Lunatic asylums United Provinces 1899-1908 - 1899-1908
Year: 1899
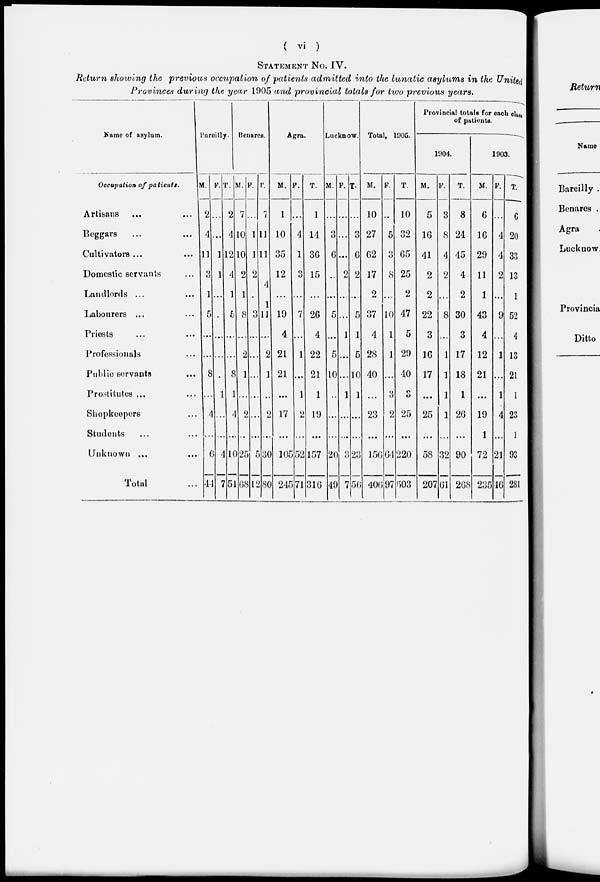
( vi )
STATEMENT NO. IV.
Return showing the previous occupation of patients admitted into the lunatic asylums in the United
Provinces during the year 1905 and provincial totals for two previous years.
Name of asylum.
Occupation of patients.
Artisans ... ...
Beggars ... ...
Cultivators ... ...
Domestic servants ...
Landlords ... ...
Labourers ... ...
Priests ... ...
Professionals ...
Public servants ...
Prostitutes ... ...
Shopkeepers ...
Students ... ...
Unknown ... ...
Total ...
Bareilly.
M.
2
4
11
3
1
5
...
...
8
...
4
...
6
44
F.
...
...
1
1
...
...
...
...
...
1
...
...
4
7
T.
2
4
12
4
1
5
...
...
8
1
4
...
10
51
Benares.
M.
7
10
10
2
1
8
...
2
1
...
2
...
25
68
F.
...
1
1
2
...
3
...
...
...
...
...
...
5
12
T.
7
11
11
4
1
11
...
2
1
...
2
...
30
80
Agra.
M.
1
10
35
12
...
19
4
21
21
...
17
...
105
245
F.
...
4
1
3
...
7
...
1
...
1
2
...
52
71
T.
1
14
36
15
...
26
4
22
21
1
19
...
157
316
Lucknow.
M.
...
3
6
...
...
5
...
5
10
...
...
...
20
49
F.
...
...
...
2
...
...
1
...
...
1
...
...
3
7
T.
...
3
6
2
...
5
1
5
10
1
...
...
23
56
Total. 1905.
M.
10
27
62
17
2
37
4
28
40
...
23
...
156
406
F.
...
5
3
8
...
10
1
1
...
3
2
...
64
97
T.
10
32
65
25
2
47
5
29
40
3
25
...
220
503
Provincial totals for each class
of patients.
1904.
M.
5
16
41
2
2
22
3
16
17
...
25
...
58
207
F.
3
8
4
2
...
8
...
1
1
1
1
...
32
61
T.
8
24
45
4
2
30
3
17
18
1
26
...
90
268
1903.
M.
6
16
29
11
1
43
4
12
21
...
19
1
72
235
F.
...
4
4
2
...
9
...
1
...
1
4
...
21
46
T.
6
20
33
13
1
52
4
13
21
1
23
1
93
281